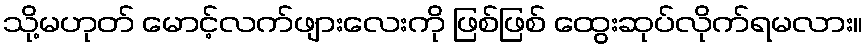
သို့မဟုတ် မောင့်လက်ဖျားလေးကို ဖြစ်ဖြစ် ထွေးဆုပ်လိုက်ရမလား။